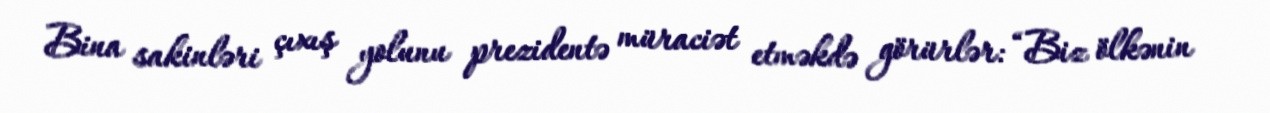
Bina sakinləri çıxış yolunu prezidentə müraciət etməkdə görürlər: “Biz ölkənin